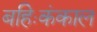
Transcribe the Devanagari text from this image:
बहिःकंकाल